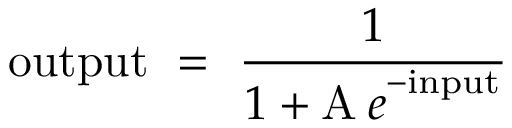
\mathrm { o u t p u t } \ = \ { \frac { 1 } { 1 + { \mathrm A \: { e } } ^ { - \mathrm { i n p u t } } } }